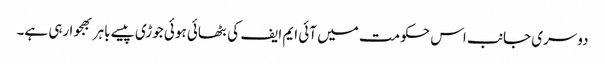
دوسری جانب اس حکومت میں آئی ایم ایف کی بٹھائی ہوئی جوڑی پیسے باہر بھجوا رہی ہے۔